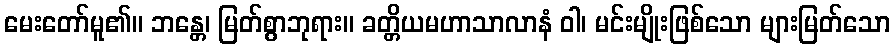
မေးတော်မူ၏။ ဘန္တေ၊ မြတ်စွာဘုရား။ ခတ္တိယမဟာသာလာနံ ဝါ၊ မင်းမျိုးဖြစ်သော များမြတ်သော